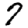
Digit: 7